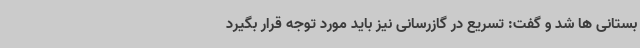
بستانی ها شد و گفت: تسریع در گازرسانی نیز باید مورد توجه قرار بگیرد